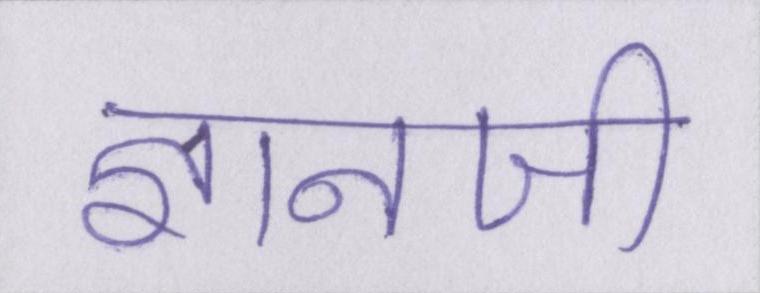
ज्ञानजी